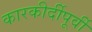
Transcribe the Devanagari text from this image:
कारकीर्दीपूर्वी